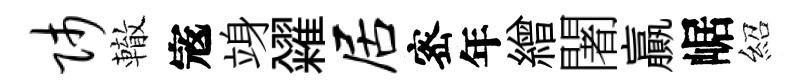
师轍𡨥竧糴居宻年繒闍贏崌紹